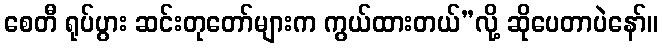
စေတီ ရုပ်ပွား ဆင်းတုတော်များက ကွယ်ထားတယ်”လို့ ဆိုပေတာပဲနော်။